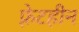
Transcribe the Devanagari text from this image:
फ़्रेटहीन